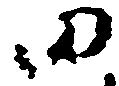
田